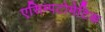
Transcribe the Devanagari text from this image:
एसिम्पटोमेटिक